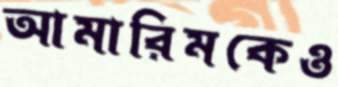
আমারিমকেও